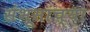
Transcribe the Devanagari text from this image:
संभूसांच्या